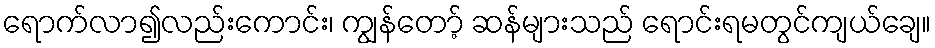
ရောက်လာ၍လည်းကောင်း၊ ကျွန်တော့် ဆန်များသည် ရောင်းရမတွင်ကျယ်ချေ။